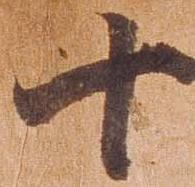
十